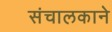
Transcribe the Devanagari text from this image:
संचालकाने